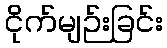
ငိုက်မျဉ်းခြင်း